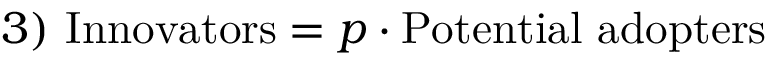
3 ) \ { \mathrm { I n n o v a t o r s } } = p \cdot { \mathrm { P o t e n t i a l ~ a d o p t e r s } }